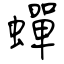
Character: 蟬